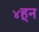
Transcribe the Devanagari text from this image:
४हून